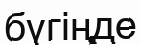
бүгіңде